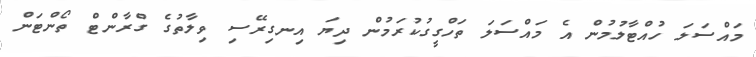
މައްސަލަ ހުއްޓާލުމުން އެ މައްސަލަ ތަހްގީގުކުރަމުން ދިޔަ އިނގިރޭސި ވިލާތުގެ ގްރާންޓް ތޯންޓަން